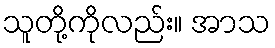
သူတို့ကိုလည်း။ အာသ